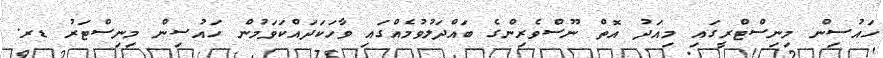
ހައުސިން މިނިސްޓްރީގައި މިއަދު އޮތް ނޫސްވެރިންގެ ބައްދަލުވުމެއްގައި ވާހަކަދައްކަވަމުން ހައުސިން މިނިސްޓަރު ޑރ.